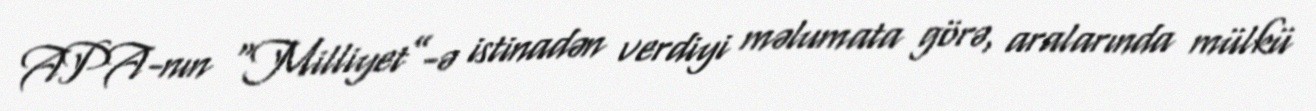
APA-nın “Milliyet”-ə istinadən verdiyi məlumata görə, aralarında mülkü